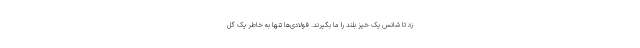
زد تا شانس یک خیز بلند را ما بگیرند. فولادی‌ها تنها به خاطر یک گل